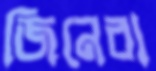
জিনেরা